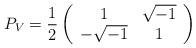
LaTeX: \begin{align*}P_V=\frac{1}{2}\left(\begin{array}{cc}1 & \sqrt{-1} \\-\sqrt{-1} & 1\end{array}\right)\end{align*}